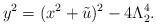
LaTeX: \begin{align*}y^2=(x^2+\tilde{u})^2-4 \Lambda_2^4.\end{align*}